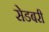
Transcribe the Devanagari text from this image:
सेडबरी